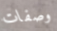
وصفات